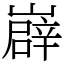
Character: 㠔